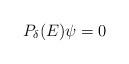
LaTeX: \begin{align*} P_\delta(E)\psi =0\end{align*}